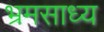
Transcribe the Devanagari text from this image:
भ्रमसाध्य